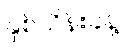
နှစ်သိန်းခန့်